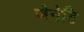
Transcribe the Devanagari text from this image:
जेनेटि